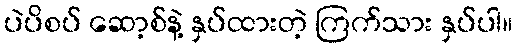
ပဲပိစပ် ဆော့စ်နဲ့ နှပ်ထားတဲ့ ကြက်သား နှပ်ပါ။